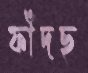
ফাঁদছ